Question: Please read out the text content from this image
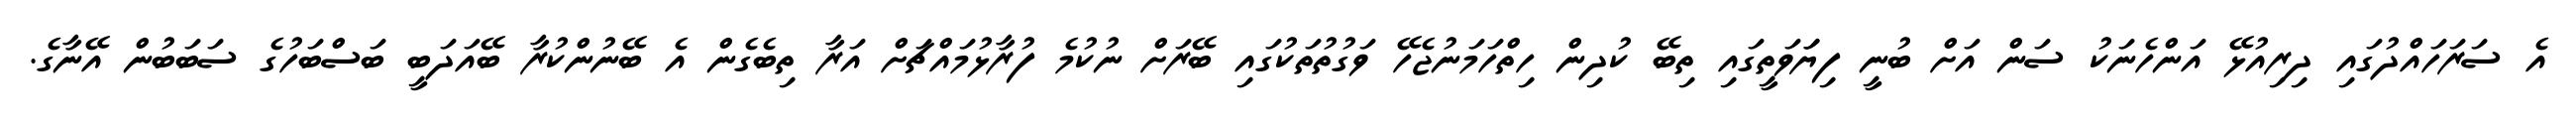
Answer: އެ ސަރަހައްދުގައި ދިރިއުޅޭ އަންހެނަކު ސަން އަށް ބުނީ ފިޔަަވަތީގައި ތިބޭ ކުދިން ހިތްހަމަނުޖެހޭ ވަގުތުތަކުގައި ބޭރަށް ނުކުމެ ފުރާޅުމައްޗަށް އަރާ ތިބެގެން އެ ބޭނުންކުރާ ބޭއަދަބީ ބަސްބަހުގެ ސަބަބުން އޭނާގެ.